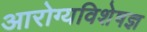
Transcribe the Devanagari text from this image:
आरोग्यविशेषज्ञ